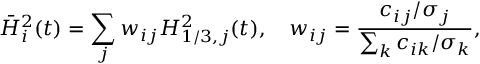
\bar { H } _ { i } ^ { 2 } ( t ) = \sum _ { j } w _ { i j } H _ { 1 / 3 , j } ^ { 2 } ( t ) , \quad w _ { i j } = \frac { c _ { i j } / \sigma _ { j } } { \sum _ { k } c _ { i k } / \sigma _ { k } } ,